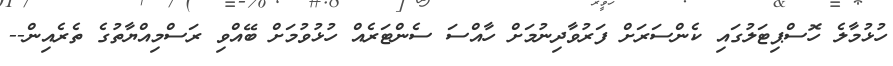
ހުޅުމާލެ ހޮސްޕިޓަލުގައި ކެންސަރަށް ފަރުވާދިނުމަށް ހާއްސަ ސެންޓަރެއް ހުޅުވުމަށް ބޭއްވި ރަސްމިއްޔާތުގެ ތެރެއިން--